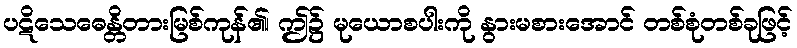
ပဋိသေဓေန္တိတားမြစ်ကုန်၏၊ ဤ၌ မုယောစပါးကို နွားမစားအောင် တစ်စုံတစ်ခုဖြင့်